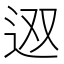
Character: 𨑱